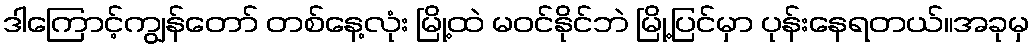
ဒါကြောင့်ကျွန်တော် တစ်နေ့လုံး မြို့ထဲ မဝင်နိုင်ဘဲ မြို့ပြင်မှာ ပုန်းနေရတယ်။အခုမှ